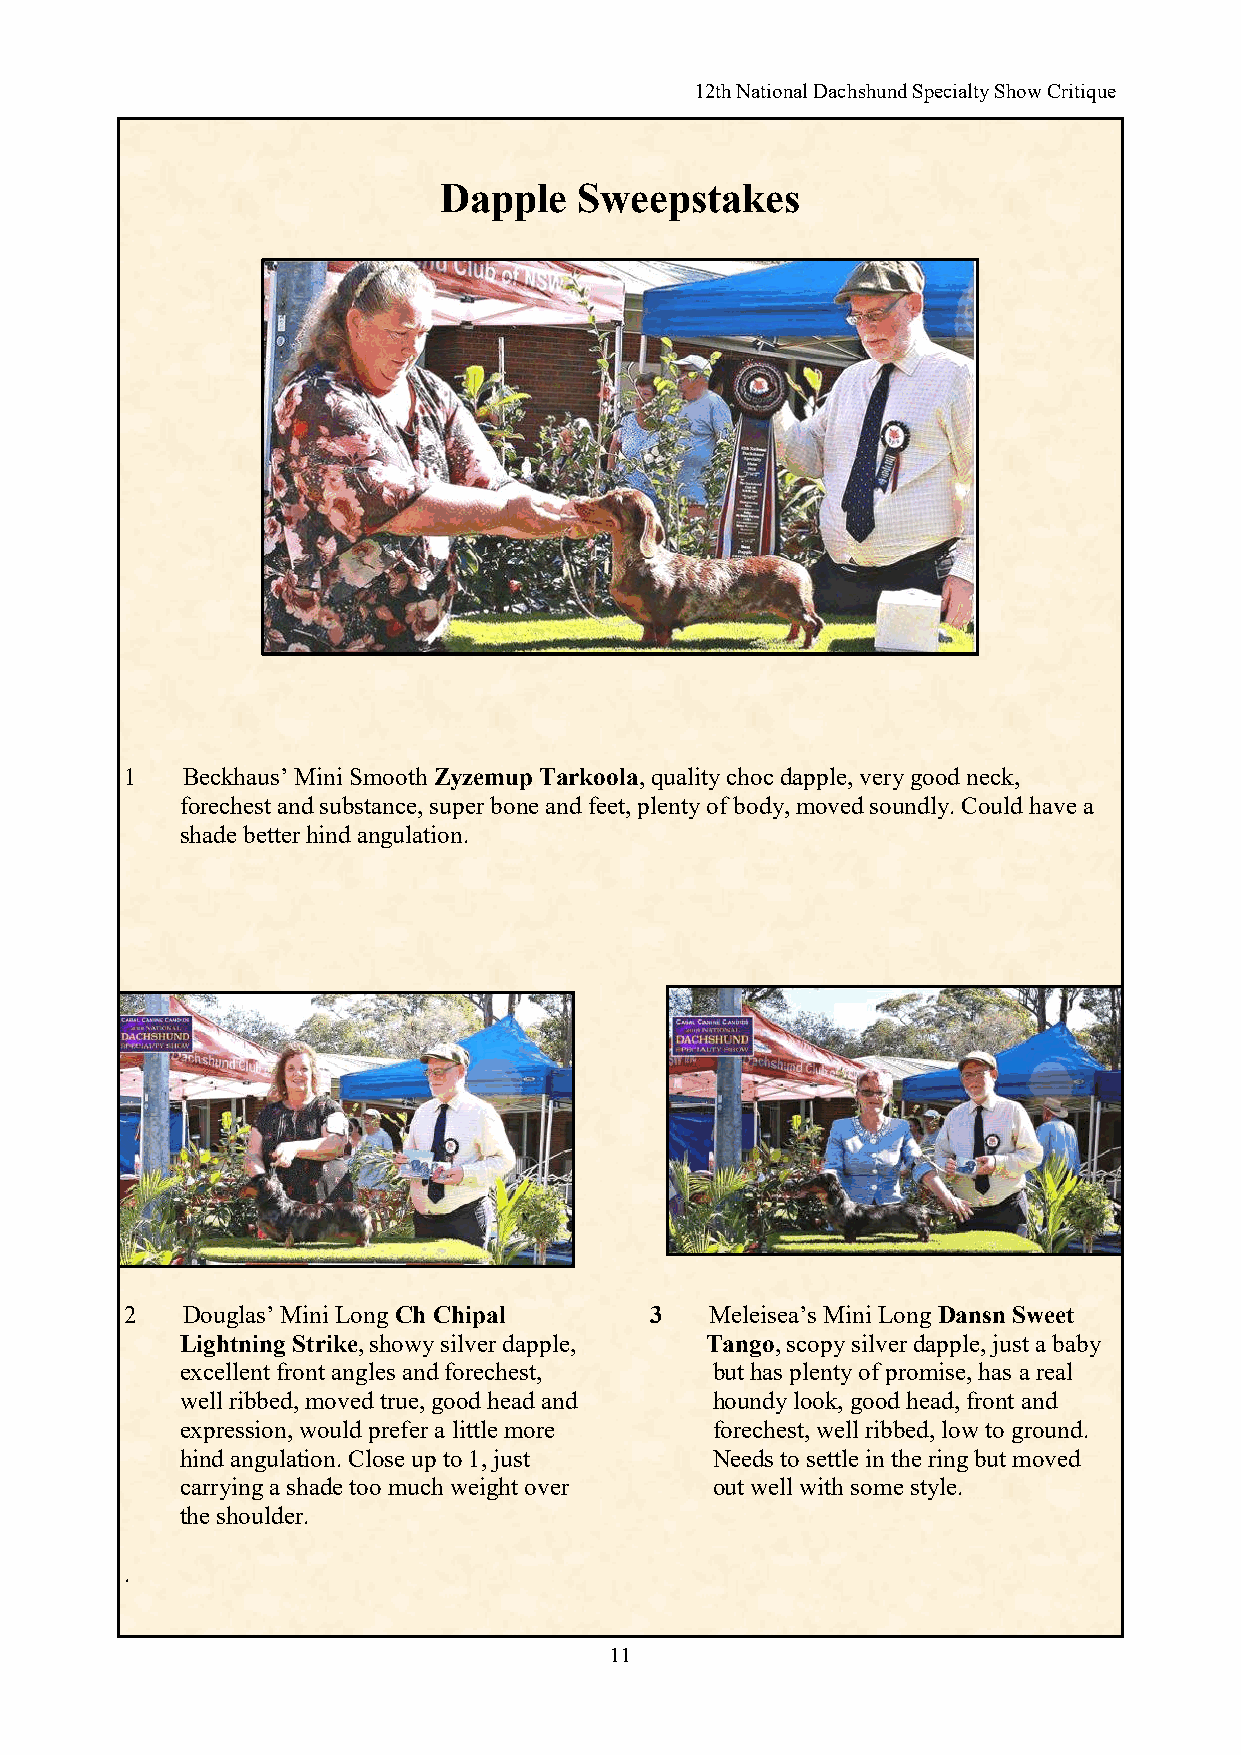
12th National Dachshund Specialty Show Critique
 Dapple   Sweepstakes
 1   Beckhaus’ Mini Smooth Zyzemup Tarkoola, quality choc dapple, very good neck,
 forechest and substance, super bone and feet, plenty of body, moved soundly. Could have a
 shade better hind angulation.
 2   Douglas’ Mini Long Ch Chipal   3   Meleisea’s Mini Long Dansn Sweet
 Lightning Strike, showy silver dapple, Tango, scopy silver dapple, just a baby
 excellent front angles and forechest, but has plenty of promise, has a real
 well ribbed, moved true, good head and houndy look, good head, front and
 expression, would prefer a little more forechest, well ribbed, low to ground.
 hind angulation. Close up to 1, just Needs to settle in the ring but moved
 carrying a shade too much weight over out well with some style.
 the shoulder.
 .
 11